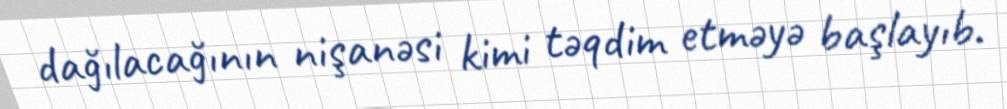
dağılacağının nişanəsi kimi təqdim etməyə başlayıb.